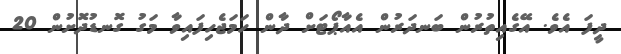
ދީފަ އެވެ. އޭގެއިތުރުން ބަނދަރުން އެއާޕޯޓަށް ދާން ހަމަޖެހިފައިވާ މަގު ގޮނޑުދޮށުން 20